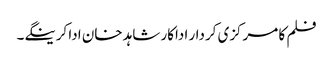
فلم کا مرکزی کردار اداکار شاہد خان ادا کرینگے۔